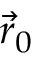
{ \vec { r } } _ { 0 }